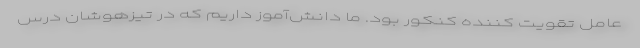
عامل تقویت کننده کنکور بود. ما دانش‌آموز داریم که در تیزهوشان درس